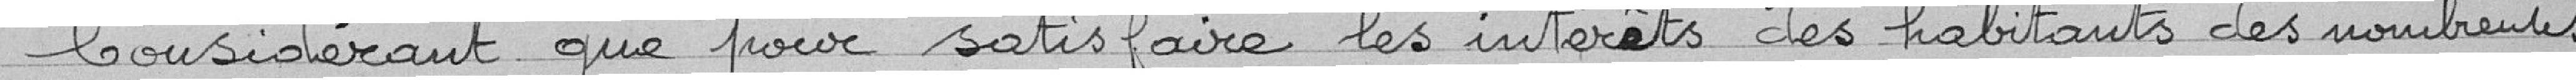
Considérant que pour satisfaire les intérêts des habitants des nombreux